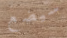
سيضع